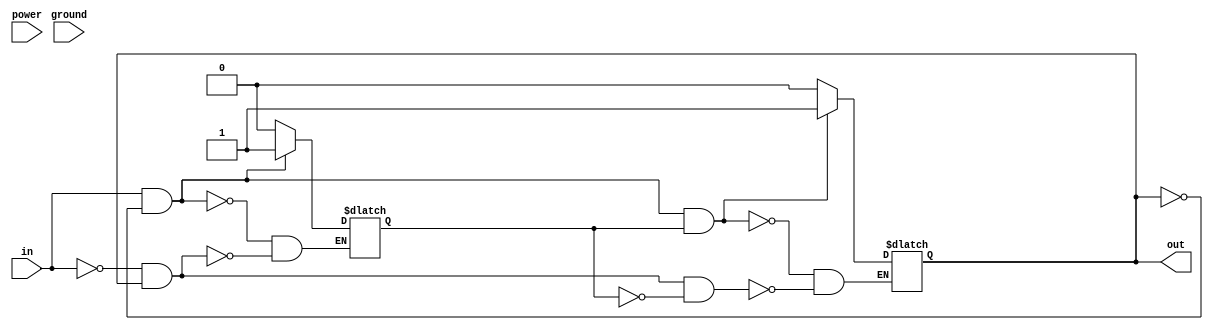
module schmitt_trigger_buffer (
    input wire in,
    output reg out,
    input wire power,
    input wire ground
);

reg feedback;

always @(in, feedback) begin
    if (in && !out)
        feedback <= 1;
    else if (!in && out)
        feedback <= 0;
end

always @(in, feedback) begin
    if (in && !out && feedback)
        out <= 1;
    else if (!in && out && !feedback)
        out <= 0;
end

endmodule